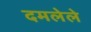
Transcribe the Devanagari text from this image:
दमलेले